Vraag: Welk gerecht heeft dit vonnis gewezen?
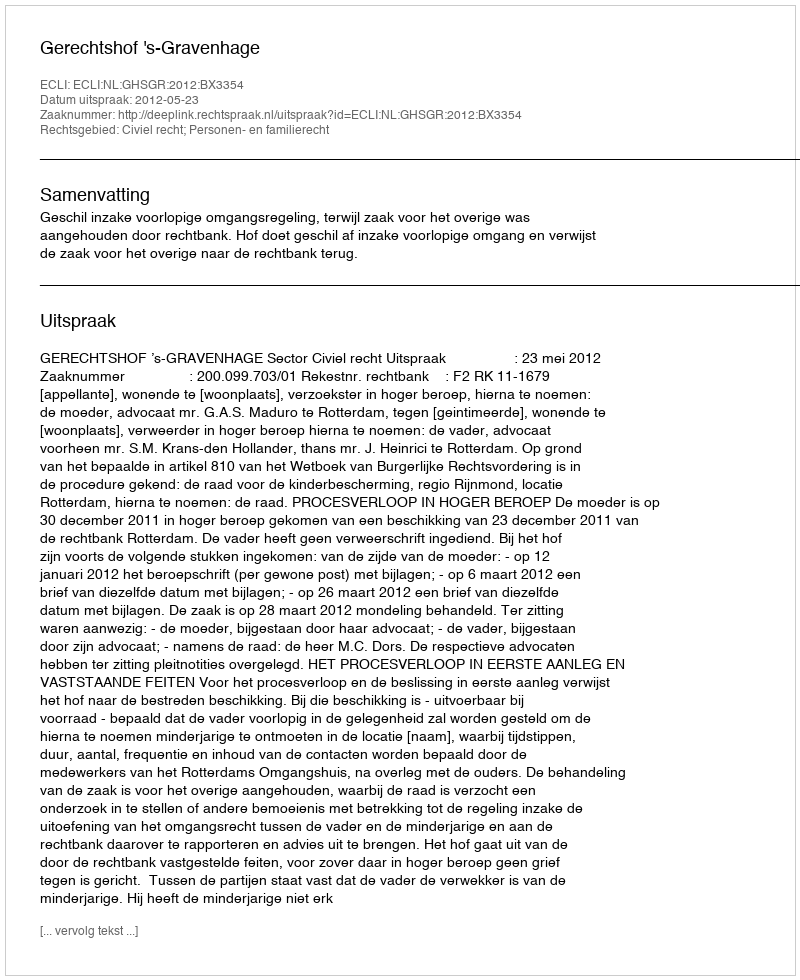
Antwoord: Gerechtshof 's-Gravenhage